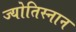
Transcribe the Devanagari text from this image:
ज्योतिस्नान